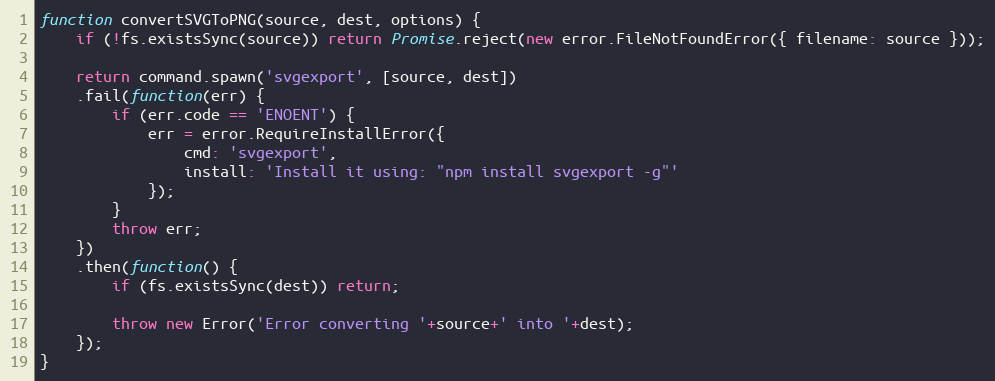
Language: JavaScript
function convertSVGToPNG(source, dest, options) {
    if (!fs.existsSync(source)) return Promise.reject(new error.FileNotFoundError({ filename: source }));

    return command.spawn('svgexport', [source, dest])
    .fail(function(err) {
        if (err.code == 'ENOENT') {
            err = error.RequireInstallError({
                cmd: 'svgexport',
                install: 'Install it using: "npm install svgexport -g"'
            });
        }
        throw err;
    })
    .then(function() {
        if (fs.existsSync(dest)) return;

        throw new Error('Error converting '+source+' into '+dest);
    });
}